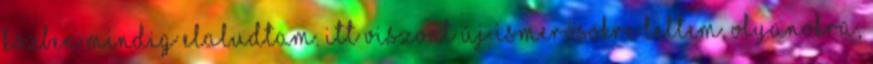
közben mindig elaludtam. Itt viszont új ismerősökre leltem, olyanokra,